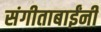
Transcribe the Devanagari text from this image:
संगीताबाईंनी